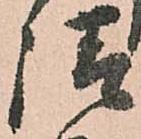
請